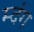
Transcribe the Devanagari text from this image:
म्दंग